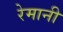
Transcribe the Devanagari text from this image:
रेमानी